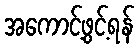
အကောင့်ဖွင့်ရန်